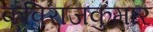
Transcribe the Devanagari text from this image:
कविराजकुमार